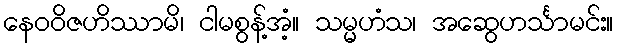
နေဝဝိဇဟိဿာမိ၊ ငါမစွန့်အံ့။ သမ္မဟံသ၊ အဆွေဟင်္သာမင်း။